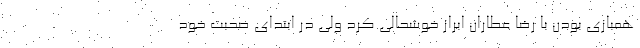
همبازی بودن با رضا عطاران ابراز خوشحالی کرد ولی در ابتدای صحبت خود